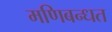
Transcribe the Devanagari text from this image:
मणिबन्धत